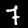
Label: 7